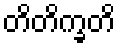
တိတိက္ခတိ